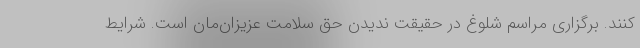
کنند. برگزاری مراسم شلوغ در حقیقت ندیدن حق سلامت عزیزان‌مان است. شرایط